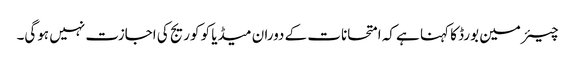
چیئرمین بورڈ کا کہنا ہے کہ امتحانات کے دوران میڈیا کو کوریج کی اجازت نہیں ہوگی۔